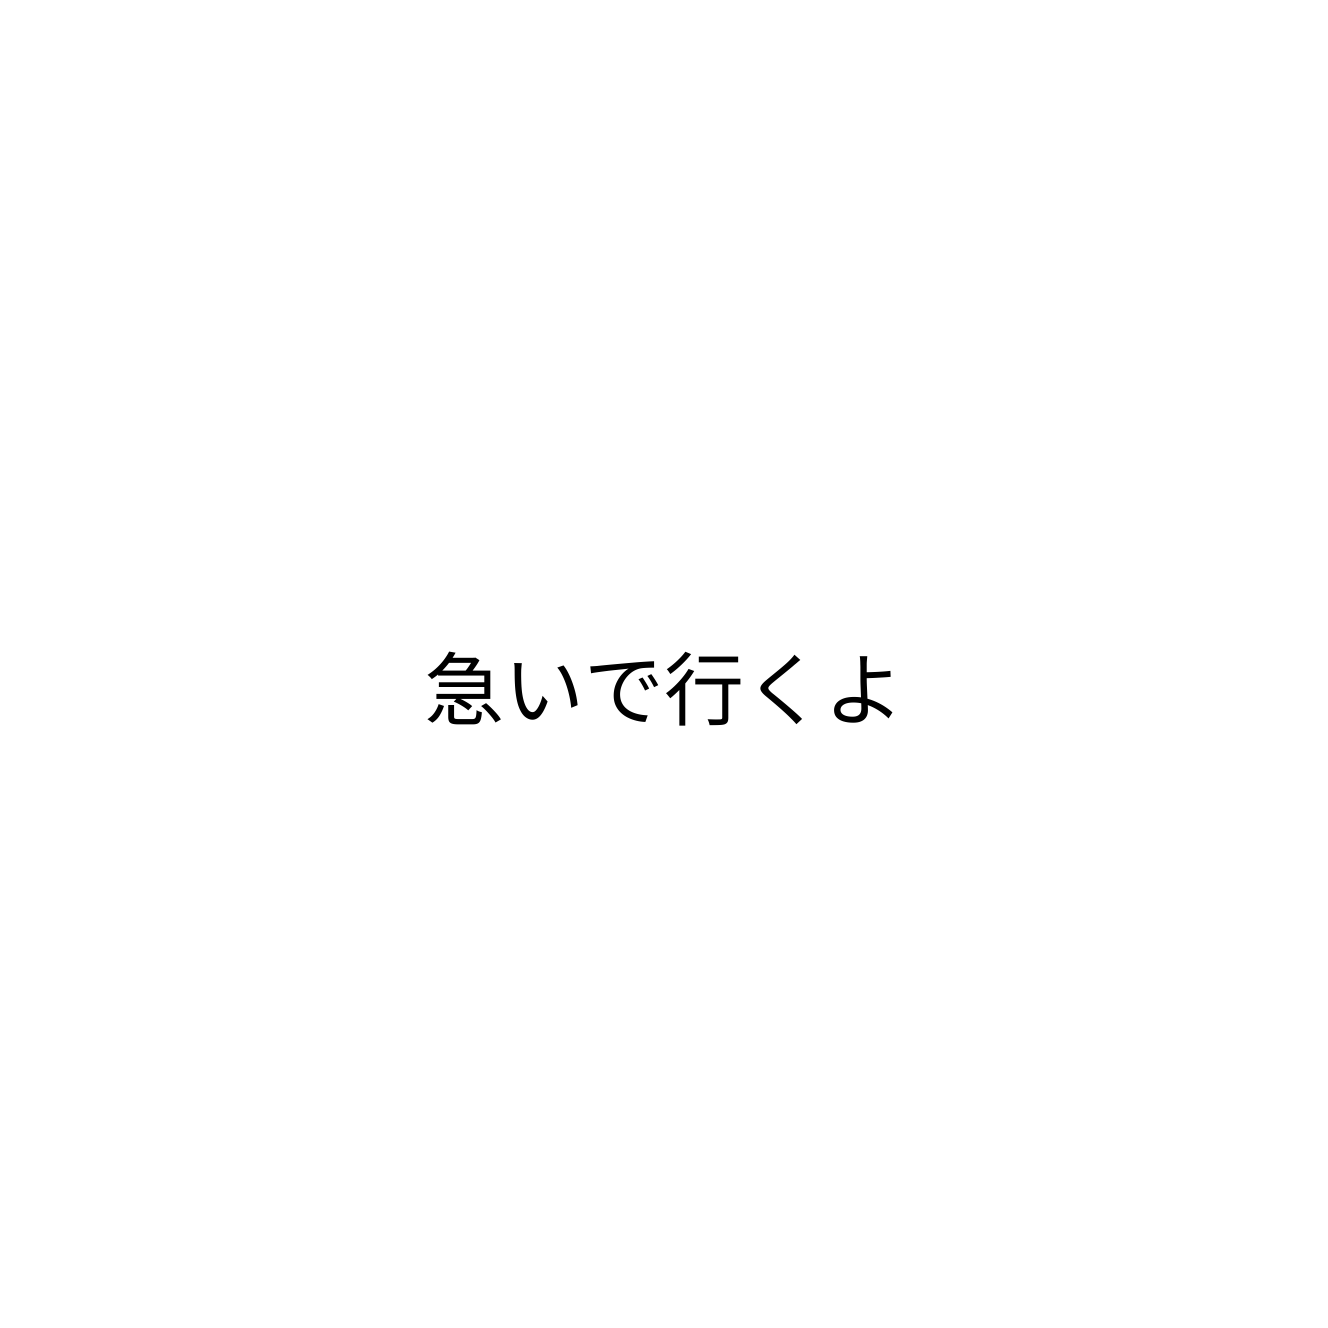
急いで行くよ